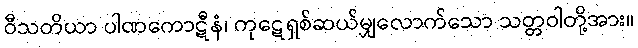
ဝီသတိယာ ပါဏကောဋီနံ၊ ကုဋေရှစ်ဆယ်မျှလောက်သော သတ္တဝါတို့အား။